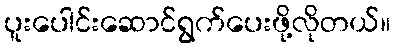
ပူးပေါင်းဆောင်ရွက်ပေးဖို့လိုတယ်။